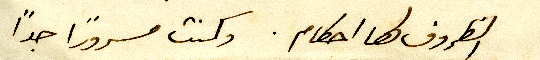
الظروف لها احكام. وكنت مسرورًا جداً